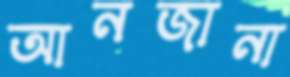
আনজানা